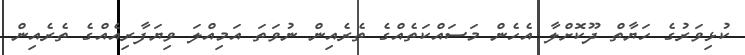
ކުޅިވަރުގެ ހަޔާތް ދޫކޮށްލާ އެހެން މަސައްކަތެއްގެ ތެރެއިން ނުވަތަ އަމިއްލަ ވިޔަފާރިއެއްގެ ތެރެއިން